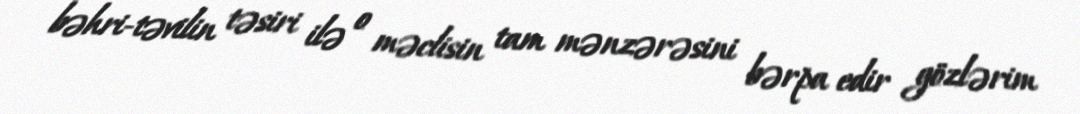
bəhri-təvilin təsiri ilə o məclisin tam mənzərəsini bərpa edir gözlərim